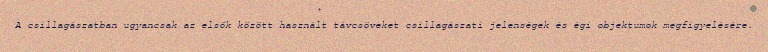
A csillagászatban ugyancsak az elsők között használt távcsöveket csillagászati jelenségek és égi objektumok megfigyelésére.